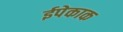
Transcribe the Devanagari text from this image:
ईपेकाक